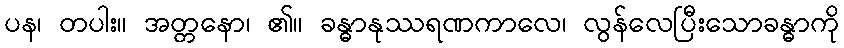
ပန၊ တပါး။ အတ္တနော၊ ၏။ ခန္ဓာနုဿရဏကာလေ၊ လွန်လေပြီးသောခန္ဓာကို